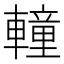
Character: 䡴